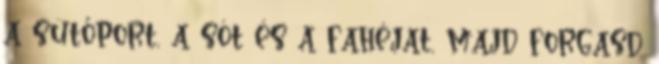
a sütőport, a sót és a fahéjat, majd forgasd